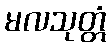
မလသုတ္တံ